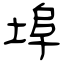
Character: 埠